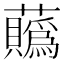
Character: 𧅅